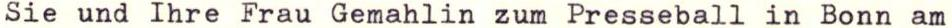
Sie und Ihre Frau Gemahlin zum Presseball in Bonn am